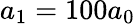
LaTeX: a_{1}=100a_{0}